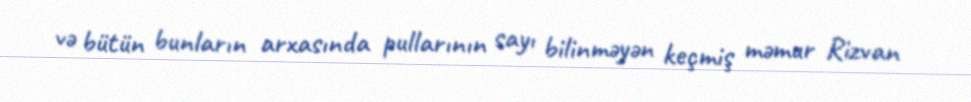
və bütün bunların arxasında pullarının sayı bilinməyən keçmiş məmur Rizvan